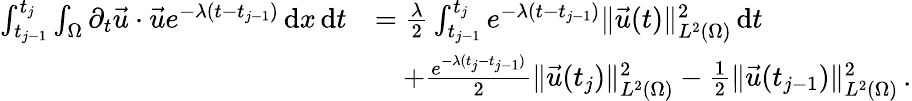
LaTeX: \begin{array}{rl}{\int_{t_{j-1}}^{t_{j}}\int_{\Omega}\partial_{t}\vec{u}\cdot\vec{u}e^{-\lambda(t-t_{j-1})}\, \mathrm{d}x\, \mathrm{d}t}&{=\frac{\lambda}{2}\int_{t_{j-1}}^{t_{j}}e^{-\lambda(t-t_{j-1})}\| \vec{u}(t)\| _{L^{2}(\Omega)}^{2}\, \mathrm{d}t}\\ &{\quad+\frac{e^{-\lambda(t_{j}-t_{j-1})}}{2}\| \vec{u}(t_{j})\| _{L^{2}(\Omega)}^{2}-\frac{1}{2}\| \vec{u}(t_{j-1})\| _{L^{2}(\Omega)}^{2}\, .}\end{array}